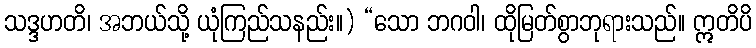
သဒ္ဒဟတိ၊ အဘယ်သို့ ယုံကြည်သနည်း။) “သော ဘဂဝါ၊ ထိုမြတ်စွာဘုရားသည်။ ဣတိပိ